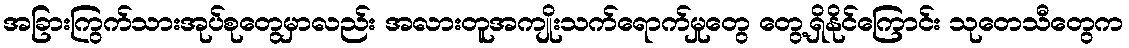
အခြားကြွက်သားအုပ်စုတွေမှာလည်း အလားတူအကျိုးသက်ရောက်မှုတွေ တွေ့ရှိနိုင်ကြောင်း သုတေသီတွေက